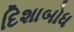
દિશાબોધ